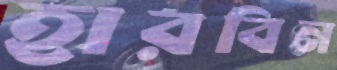
হারবিন